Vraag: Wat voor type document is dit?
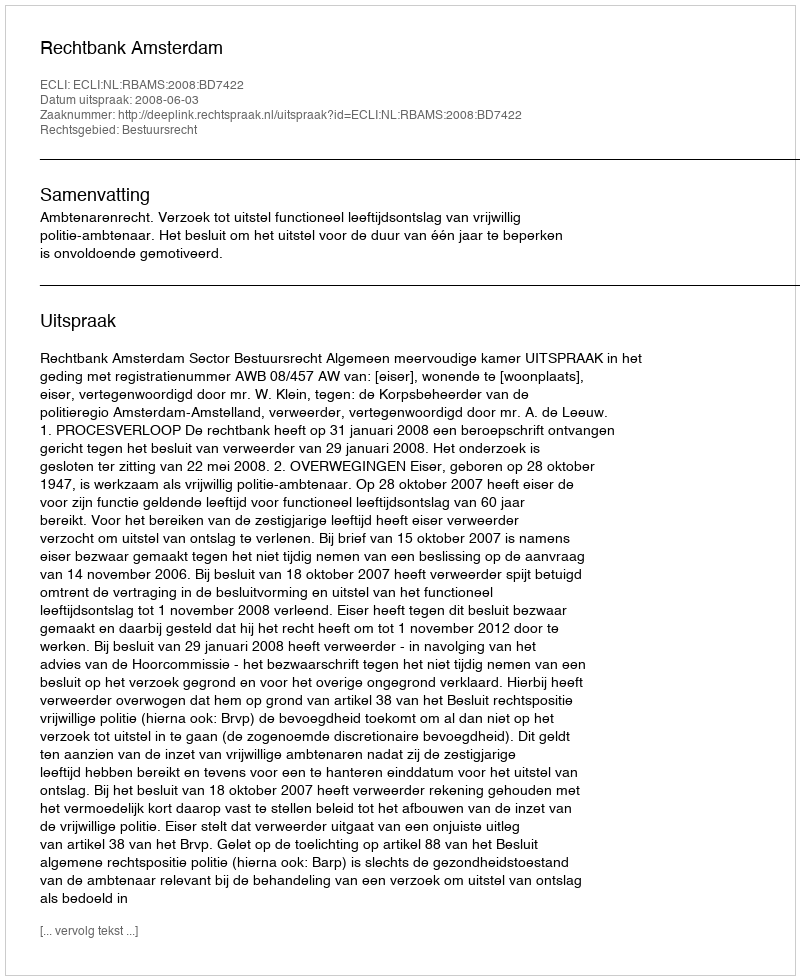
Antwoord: Uitspraak